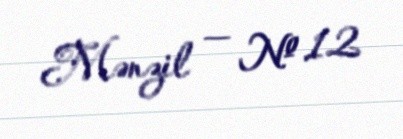
Mənzil — № 12